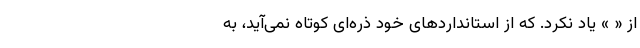
از « » یاد نکرد. که از استانداردهای خود ذره‌ای کوتاه نمی‌آید، به